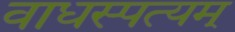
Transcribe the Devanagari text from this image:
वाधस्पत्यम्